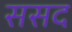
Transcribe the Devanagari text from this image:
ससद